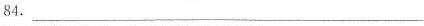
84.___